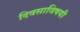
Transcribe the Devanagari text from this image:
दिवसाविषयी